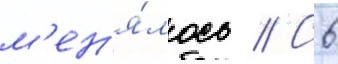
м'ен'я́лось // С 6